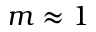
m \approx 1